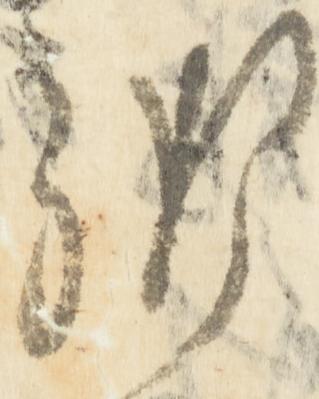
御